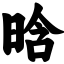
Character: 晗